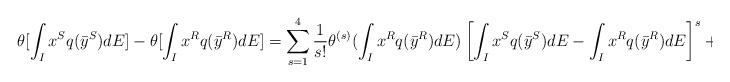
LaTeX: \begin{align*} \theta[\int_I x^S q(\bar{y}^S)dE]-\theta[\int_I x^R q(\bar{y}^R)dE]=\sum_{s=1}^4 \frac{1}{s!} \theta^{(s)}(\int_I x^R q(\bar{y}^R)dE)\left[\int_I x^S q(\bar{y}^S)dE-\int_I x^R q(\bar{y}^R)dE\right]^s+o(N^{-2}).\end{align*}